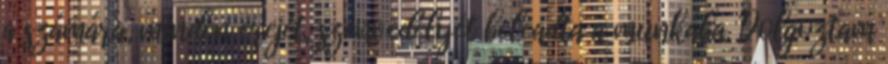
a számára, minden erejét, szenvedélyét beleadta a munkába. Dolgoztam